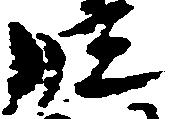
段